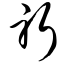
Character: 躬